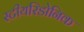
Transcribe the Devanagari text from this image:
स्टीयरिडोनिक